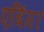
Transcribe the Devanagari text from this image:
एबिंगर